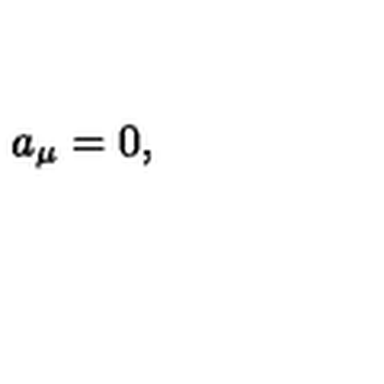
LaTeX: { a } _ { \mu } = 0 ,